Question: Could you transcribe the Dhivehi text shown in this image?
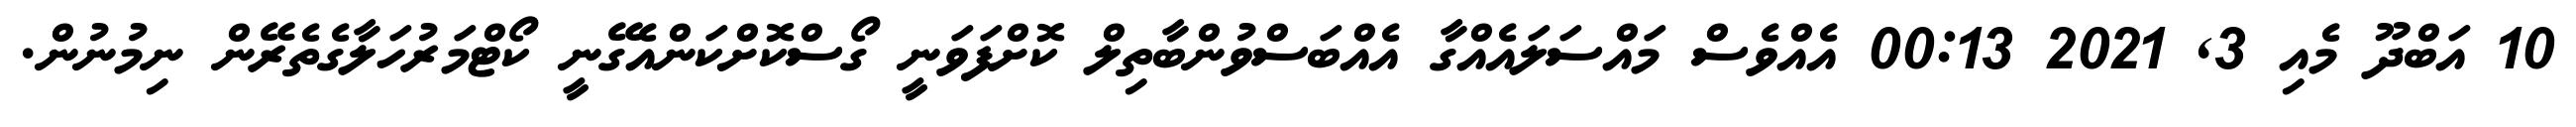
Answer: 10 އަބްދޫ މެއި 3, 2021 00:13 އެއްވެސް މައްސަލައެއްގާ އެއްބަސްވުންބާތިލް ކޮށްފަވަނީ ގޯސްކޮށްކަންއެގޭނީ ކޯޓްމަރުހަލާގެތެރޭން ނިމުނުން.